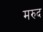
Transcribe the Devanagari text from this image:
मरुद